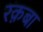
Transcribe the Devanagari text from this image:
रक़बा